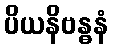
ပိယနိဗန္ဓနံ